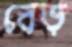
বেড়